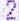
2